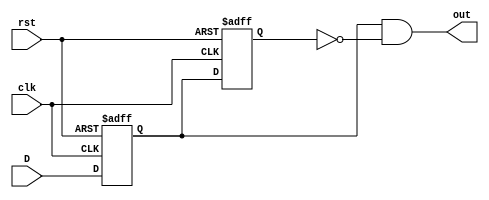
`timescale 1ns / 1ps

//******************************************************************************//
//  Project:	CECS 460 Project 4: Full UART                                   //
//                                                                              //
//	Created by Vince Nguyen on May 11, 2020                                     //
//  Copyright  2020 Vince Nguyen.  All rights reserved.                        //
//                                                                              //
//  In submitting this file for class work at CSULB I am confirming that this   //
//  is my work and the work of no one else.  In submitting this code I          //
//  acknowledge that plagiarism in student project work is subject to dismissal //
//  from the class.                                                             //
//                                                                              //
//******************************************************************************//


module PED(
    input   clk,
    input   rst,
    input   D,
    output  out
    );
    
    reg     Q1,Q2;
    
    assign out = (Q1 && ~Q2);
    
    always @(posedge clk, posedge rst)
        if(rst) begin
            Q1 <= 1'b0;
            Q2 <= 1'b0;  
        end
        else    begin
            Q1 <= D;
            Q2 <= Q1;
        end  
endmodule